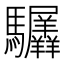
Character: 𬳲